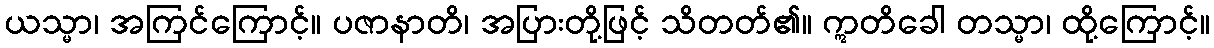
ယသ္မာ၊ အကြင်ကြောင့်။ ပဇာနာတိ၊ အပြားတို့ဖြင့် သိတတ်၏။ ဣတိခေါ တသ္မာ၊ ထို့ကြောင့်။